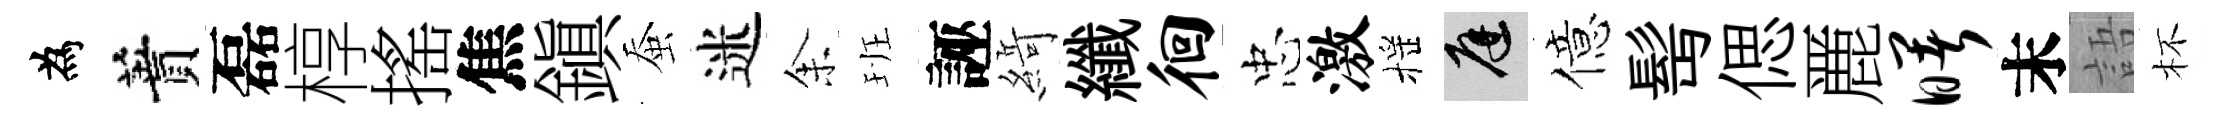
為蕡磊椁搖焦鎭蚕迷𪜬班誣𦂶纖徊忠激摇庭億髩偲䴡曙末語杯